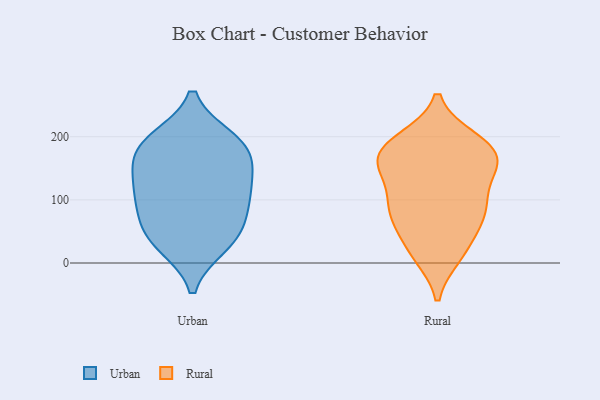
{"axis": {"x": "Churn Rate (%)", "y": "Value"}, "legend": ["Rural", "Urban"], "data": [{"x": "", "y": 85, "type": "Urban"}, {"x": "", "y": 181, "type": "Urban"}, {"x": "", "y": 196, "type": "Urban"}, {"x": "", "y": 55, "type": "Urban"}, {"x": "", "y": 146, "type": "Urban"}, {"x": "", "y": 182, "type": "Urban"}, {"x": "", "y": 29, "type": "Urban"}, {"x": "", "y": 54, "type": "Urban"}, {"x": "", "y": 28, "type": "Urban"}, {"x": "", "y": 154, "type": "Urban"}, {"x": "", "y": 116, "type": "Urban"}, {"x": "", "y": 195, "type": "Urban"}, {"x": "", "y": 104, "type": "Urban"}, {"x": "", "y": 114, "type": "Urban"}, {"x": "", "y": 62, "type": "Rural"}, {"x": "", "y": 97, "type": "Rural"}, {"x": "", "y": 90, "type": "Rural"}, {"x": "", "y": 22, "type": "Rural"}, {"x": "", "y": 13, "type": "Rural"}, {"x": "", "y": 148, "type": "Rural"}, {"x": "", "y": 166, "type": "Rural"}, {"x": "", "y": 83, "type": "Rural"}, {"x": "", "y": 78, "type": "Rural"}, {"x": "", "y": 188, "type": "Rural"}, {"x": "", "y": 193, "type": "Rural"}, {"x": "", "y": 169, "type": "Rural"}, {"x": "", "y": 137, "type": "Rural"}, {"x": "", "y": 180, "type": "Rural"}, {"x": "", "y": 17, "type": "Rural"}, {"x": "", "y": 160, "type": "Rural"}, {"x": "", "y": 144, "type": "Rural"}, {"x": "", "y": 195, "type": "Rural"}, {"x": "", "y": 79, "type": "Rural"}]}